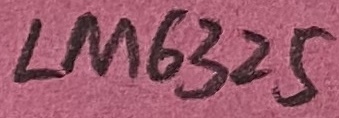
Text: LM6325